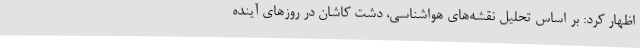
اظهار کرد: بر اساس تحلیل نقشه‌های هواشناسی، دشت کاشان در روزهای آینده